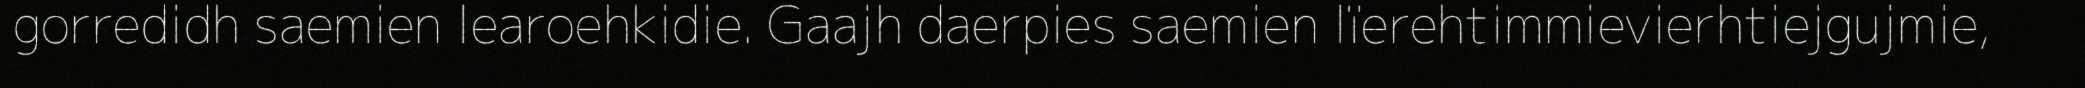
gorredidh saemien learoehkidie. Gaajh daerpies saemien lïerehtimmievierhtiejgujmie,